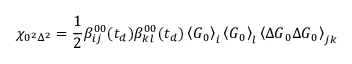
\chi _ { 0 ^ { 2 } \Delta ^ { 2 } } = \frac { 1 } { 2 } \beta _ { i j } ^ { 0 0 } ( t _ { d } ) \beta _ { k l } ^ { 0 0 } ( t _ { d } ) \left\langle \boldsymbol { G } _ { 0 } \right\rangle _ { i } \left\langle \boldsymbol { G } _ { 0 } \right\rangle _ { l } \left\langle \Delta \boldsymbol { G } _ { 0 } \Delta \boldsymbol { G } _ { 0 } \right\rangle _ { j k }